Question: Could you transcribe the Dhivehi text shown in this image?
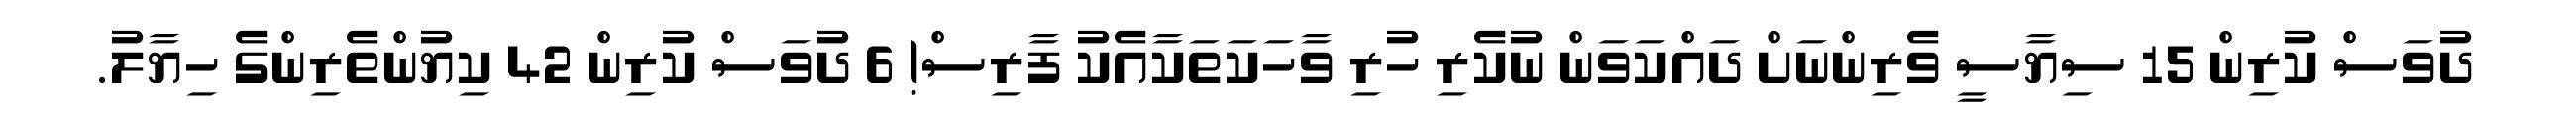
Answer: ދުވަސް ކުރިން 15 ސިޔާސީ ވެރިންނަށް ދައްކަވަން ނުކެރި ހުރި ވާހަކަތަކާއެކު ފާރިސް! 6 ދުވަސް ކުރިން 42 ކިޔުންތެރިންގެ ހިޔާލު.